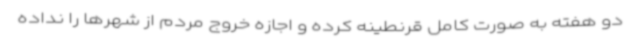
دو هفته به صورت کامل قرنطینه کرده و اجازه خروج مردم از شهرها را نداده